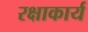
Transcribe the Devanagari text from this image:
रक्षाकार्य